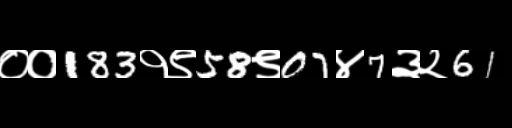
Text: ००183१९58९07४7३२61